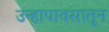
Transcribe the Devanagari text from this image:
उन्हापावसातून